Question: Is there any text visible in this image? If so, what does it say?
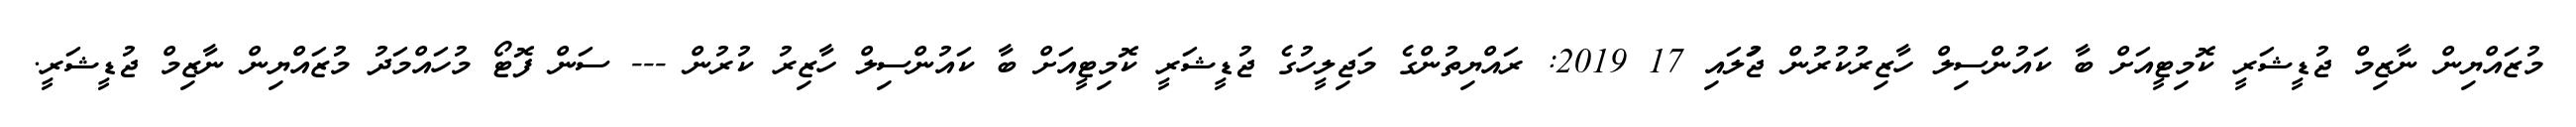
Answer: މުޒައްޔިން ނާޒިމް ޖުޑީޝަރީ ކޮމިޓީއަށް ބާ ކައުންސިލް ހާޒިރުކުރުން ޖުަލައި 17 2019: ރައްޔިތުންގެ މަޖިލީހުގެ ޖުޑީޝަރީ ކޮމިޓީއަށް ބާ ކައުންސިލް ހާޒިރު ކުރުން --- ސަން ފޮޓޯ މުހައްމަދު މުޒައްޔިން ނާޒިމް ޖުޑީޝަރީ.